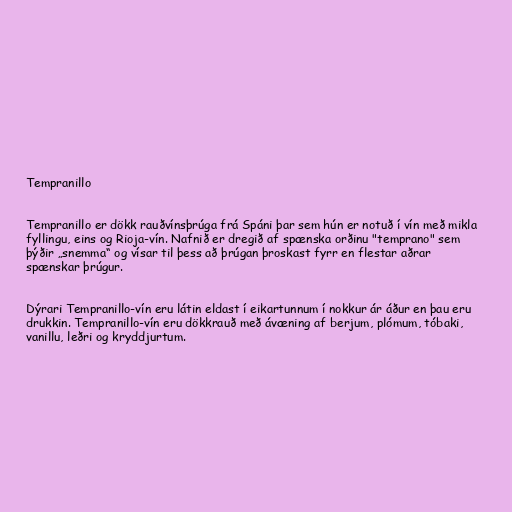
Tempranillo

Tempranillo er dökk rauðvínsþrúga frá Spáni þar sem hún er notuð í vín með mikla
fyllingu, eins og Rioja-vín. Nafnið er dregið af spænska orðinu "temprano" sem
þýðir „snemma“ og vísar til þess að þrúgan þroskast fyrr en flestar aðrar
spænskar þrúgur.

Dýrari Tempranillo-vín eru látin eldast í eikartunnum í nokkur ár áður en þau eru
drukkin. Tempranillo-vín eru dökkrauð með ávæning af berjum, plómum, tóbaki,
vanillu, leðri og kryddjurtum.